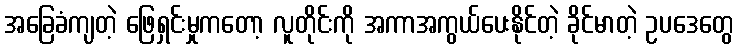
အခြေခံကျတဲ့ ဖြေရှင်းမှုကတော့ လူတိုင်းကို အကာအကွယ်ပေးနိုင်တဲ့ ခိုင်မာတဲ့ ဥပဒေတွေ